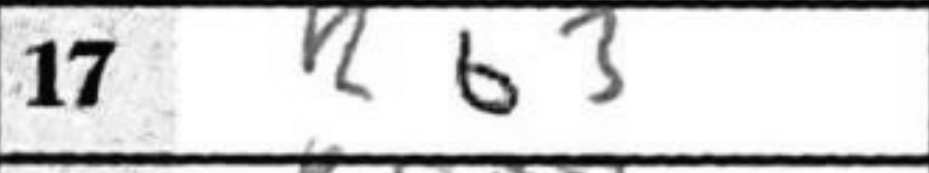
Transcription: Rb3